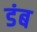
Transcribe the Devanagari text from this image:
डंब